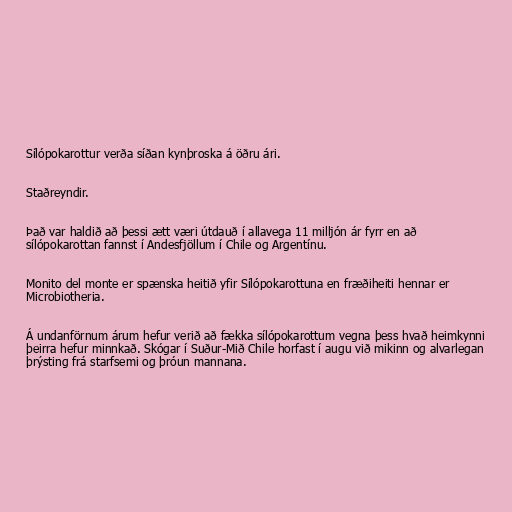
Sílópokarottur verða síðan kynþroska á öðru ári.

Staðreyndir.

Það var haldið að þessi ætt væri útdauð í allavega 11 milljón ár fyrr en að
sílópokarottan fannst í Andesfjöllum í Chile og Argentínu.

Monito del monte er spænska heitið yfir Sílópokarottuna en fræðiheiti hennar er
Microbiotheria.

Á undanförnum árum hefur verið að fækka sílópokarottum vegna þess hvað heimkynni
þeirra hefur minnkað. Skógar í Suður-Mið Chile horfast í augu við mikinn og alvarlegan
þrýsting frá starfsemi og þróun mannana.